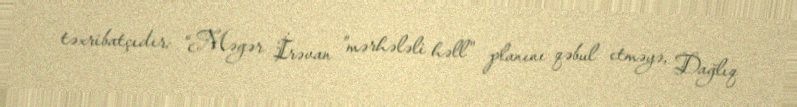
təxribatçıdır: “Məgər İrəvan ”mərhələli həll" planını qəbul etməyə, Dağlıq